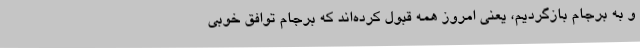
و به برجام بازگردیم، یعنی امروز همه قبول کرده‌اند که برجام توافق خوبی